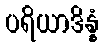
ပရိယာဒိန္နံ